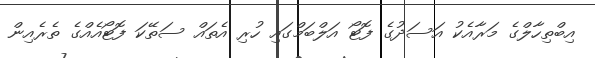
އިބްތިހާލްގެ މަރާއެކު އަސަދުގެ ފޮޓޯ އަލްބަމްގައި ހުރި އެތައް ސަތޭކަ ފޮޓޯއެއްގެ ތެރެއިން